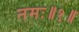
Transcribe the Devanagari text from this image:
नमः॥१॥